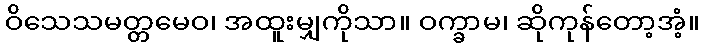
ဝိသေသမတ္တမေဝ၊ အထူးမျှကိုသာ။ ဝက္ခာမ၊ ဆိုကုန်တော့အံ့။